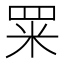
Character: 䍘